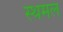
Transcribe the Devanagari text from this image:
स्थमल